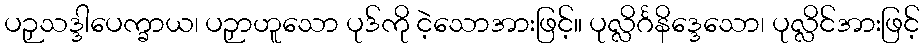
ပဉှသဒ္ဒါပေက္ခာယ၊ ပဉှာဟူသော ပုဒ်ကို ငဲ့သောအားဖြင့်။ ပုလ္လိင်္ဂနိဒ္ဒေသော၊ ပုလ္လိင်အားဖြင့်